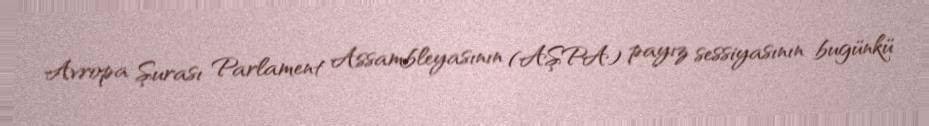
Avropa Şurası Parlament Assambleyasının (AŞPA) payız sessiyasının bugünkü